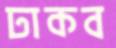
ঢাকব